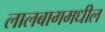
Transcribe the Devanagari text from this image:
लालबागमधील